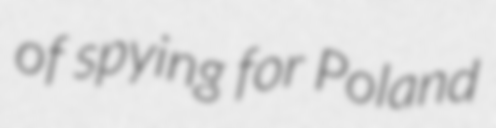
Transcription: of spying for Poland